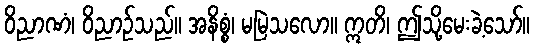
ဝိညာဏံ၊ ဝိညာဉ်သည်။ အနိစ္စံ၊ မမြဲသလော။ ဣတိ၊ ဤသို့မေးခဲ့သော်။